Annual report on the health of the army in India
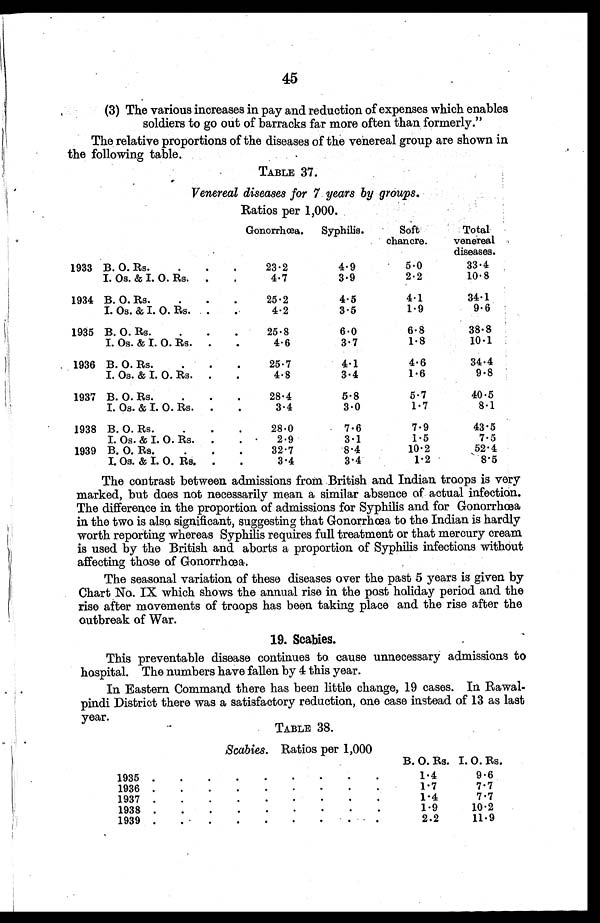
45
(3) The various increases in pay and reduction of expenses which enables
soldiers to go out of barracks far more often than formerly."
The relative proportions of the diseases of the venereal group are shown in
the following table.
TABLE 37.
V enereal diseases for 7 years by groups.
Ratios per 1,000.
Gonorrhœa.
Syphilis.
Soft
chancre.
Total
venereal
diseases.
1933 B. O. Rs.
.
. .
23.2
4.9
5.0
33.4
I. Os. & I. 0. Rs.
.
.
4.7
3.9
2.2
10.8
1934 B. O. Rs. .
_.
.
.
25.2
4.5
4.1
34.1
I. Os. & I. O. Rs.
.
.
4.2
3.5
1.9
9.6
1935 B. O. Rs.
.
.
.
25.8
6.0
6.8
38.8
I. Os. & I. O. Rs.
.
.
4.6
3.7
1 . 8
10.1
1936 B. O. Rs.
.
.
.
25.7
4.1
4.6
34.4
I. Os. & I. O. Rs.
.
.
4.8
3.4
1.6
9.8
1937 B. O. Rs.
.
.
.
28.4
5.8
5.7
40.5
I. Os. & I. O. Rs.
.
.
3.4
3.0
1.7
8.1
1938 B. O. Rs.
.
.
.
28.0
7.6
7.9
43.5
I. Os. & I. O. Rs.
.
.
2.9
3.1
I.5
7.5
1939 B. O. Rs.
.
.
32.7
8.4
10.2
52.4
I. Os. & I. O. Rs.
.
.
3.4
3.4
1.2
8.5
The contrast between admissions from British and Indian troops is very
marked, but does not necessarily mean a similar absence of actual infection.
The difference in the proportion of admissions far Syphilis and for Gonorrhœa
in the two is also significant, suggesting that Gonorrhœa to the Indian is hardly
worth reporting whereas Syphilis requires full treatment or that mercury cream
is used by the British and aborts a proportion of Syphilis infections without
affecting those of Gonorrhœa.
The seasonal variation of these diseases over the past 5 years is given by
Chart No. IX which shows the annual rise in the post holiday period and the
rise after movements of troops has been taking place and the rise after the
o u t b r e a k o f
W a r .
This preventable disease continues to cause unnecessary admissions to
hospital. The numbers have fallen by 4 this year.
In Eastern Command there has been little change, 19 cases. In Rawal
pindi District there was a satisfactory reduction, one case instead of 13 as last
year.
TABLE 38.
Scabies. Ratios per 1,000
B. O. Rs. I. O. Rs.
1935
.
.
.
.
.
.
.
.
.
1.4
9.6
1936 .
.
.
.
.
.
.
.
.
1.7
7.7
1937 .
.
.
.
.
.
.
.
.
1.4
7.7
1938 .
.
.
.
.
.
.
.
.
1.9
10.2
1939 .
.
.
.
.
.
.
. .
2.2
11.9